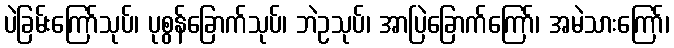
ပဲခြမ်းကြော်သုပ်၊ ပုစွန်ခြောက်သုပ်၊ ဘဲဥသုပ်၊ အာပြဲခြောက်ကြော်၊ အမဲသားကြော်၊